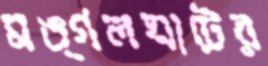
মঙ্গলঘাটের